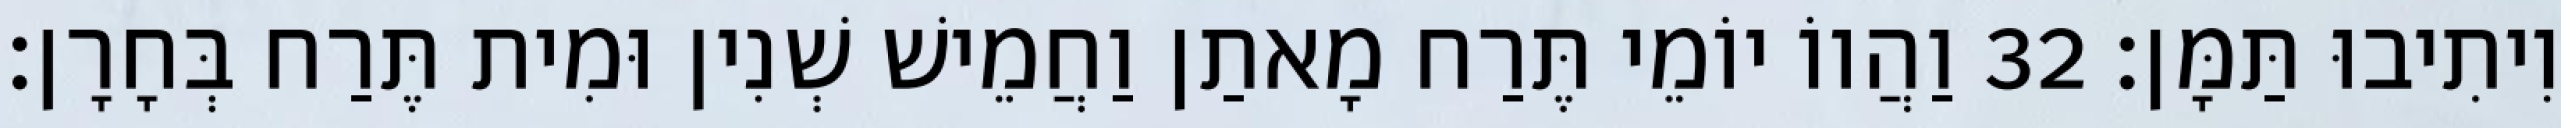
וִיתִיבוּ תַּמָּן׃ 32 וַהֲווֹ יוֹמֵי תֶּרַח מָאתַן וַחֲמֵישׁ שְׁנִין וּמִית תֶּרַח בְּחָרָן׃